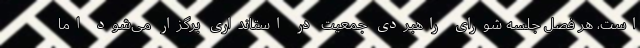
است، هر فصل جلسه شورای راهبردی جمعیت در استانداری برگزار می‌شود اما